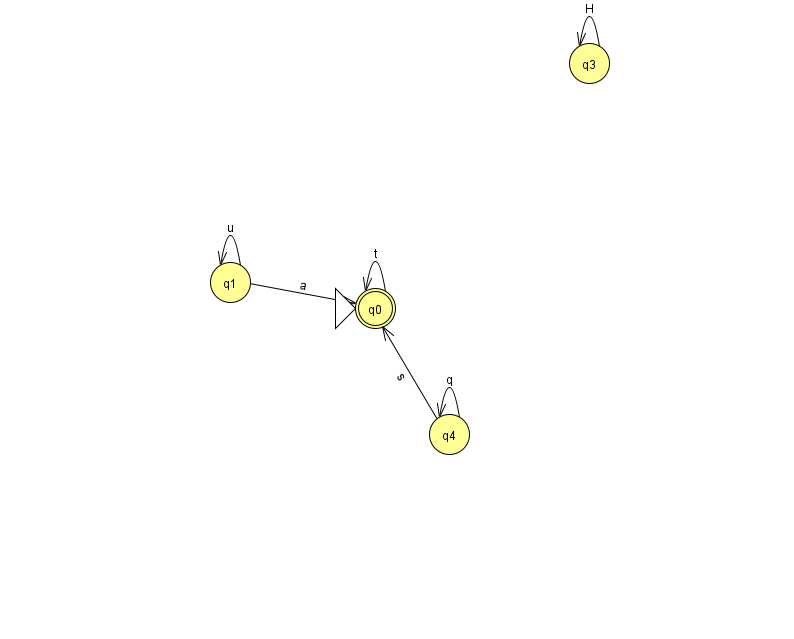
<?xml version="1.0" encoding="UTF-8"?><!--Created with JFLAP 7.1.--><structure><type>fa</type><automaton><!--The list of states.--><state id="0" name="q0"><x>375.0</x><y>295.0</y><initial/><final/></state><state id="1" name="q1"><x>230.0</x><y>269.0</y></state><state id="3" name="q3"><x>589.0</x><y>50.0</y></state><state id="4" name="q4"><x>449.0</x><y>421.0</y></state><!--The list of transitions.--><transition><from>4</from><to>4</to><read>q</read></transition><transition><from>0</from><to>0</to><read>t</read></transition><transition><from>1</from><to>1</to><read>u</read></transition><transition><from>4</from><to>0</to><read>s</read></transition><transition><from>3</from><to>3</to><read>H</read></transition><transition><from>1</from><to>0</to><read>a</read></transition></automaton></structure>